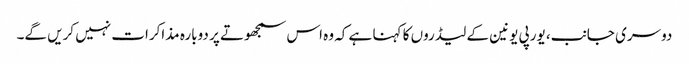
دوسری جانب، یورپی یونین کے لیڈروں کا کہنا ہے کہ وہ اس سمجھوتے پر دوبارہ مذاکرات نہیں کریں گے۔